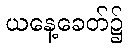
ယနေ့ခေတ်၌